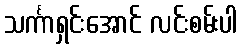
သင်္ကာရှင်းအောင် လင်းစမ်းပါ